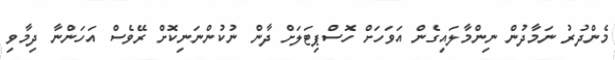
މެންދުރު ނަމާދުން ނިންމާލައިގެން އަވަހަށް ހޮސްޕިޓަލަށް ދާން ނުކުންނަނިކޮށް ރޭވެސް އަހަންނާ ދިމާވި